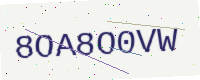
Text: 8OA8O0VW